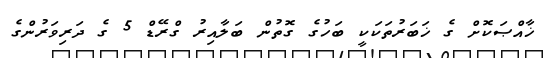
ޚާއްޞަކޮށް ގެ ޚަބަރުތަކަކީ ބަހުގެ ގޮތުން ބަލާއިރު ގްރޭޑް 5 ގެ ދަރިވަރުންގެ